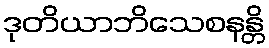
ဒုတိယာဘိသေစနန္တိ